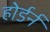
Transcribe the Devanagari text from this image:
होर्डर्न